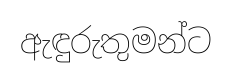
ඇඳුරුතුමන්ට